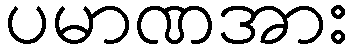
ပမာဏအား